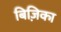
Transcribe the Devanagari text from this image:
बिज़िका